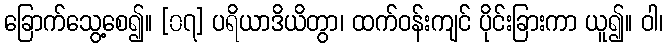
ခြောက်သွေ့စေ၍။ [၀၇] ပရိယာဒိယိတွာ၊ ထက်ဝန်းကျင် ပိုင်းခြားကာ ယူ၍။ ဝါ၊